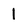
Character: 1